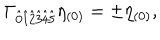
LaTeX: \Gamma _ { \hat { 0 } \hat { 1 } \hat { 2 } \hat { 3 } \hat { 4 } \hat { 5 } } \eta _ { ( 0 ) } = \pm \eta _ { ( 0 ) } ,